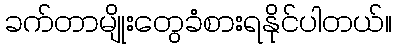
ခက်တာမျိုးတွေခံစားရနိုင်ပါတယ်။